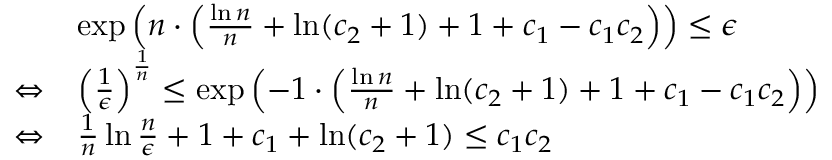
\begin{array} { r l } & { \exp \left( n \cdot \left( \frac { \ln n } { n } + \ln ( c _ { 2 } + 1 ) + 1 + c _ { 1 } - c _ { 1 } c _ { 2 } \right) \right) \leq \epsilon } \\ { \Leftrightarrow } & { \left( \frac { 1 } { \epsilon } \right) ^ { \frac { 1 } { n } } \leq \exp \left( - 1 \cdot \left( \frac { \ln n } { n } + \ln ( c _ { 2 } + 1 ) + 1 + c _ { 1 } - c _ { 1 } c _ { 2 } \right) \right) } \\ { \Leftrightarrow } & { \frac { 1 } { n } \ln \frac { n } { \epsilon } + 1 + c _ { 1 } + \ln ( c _ { 2 } + 1 ) \leq c _ { 1 } c _ { 2 } } \end{array}